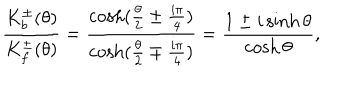
\frac { K _ { b } ^ { \pm } ( \theta ) } { K _ { f } ^ { \pm } ( \theta ) } = \frac { \cosh ( \frac { \theta } { 2 } \pm \frac { i \pi } { 4 } ) } { \cosh ( \frac { \theta } { 2 } \mp \frac { i \pi } { 4 } ) } = \frac { 1 \pm i \sinh \theta } { \cosh \theta } ,